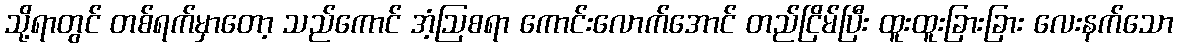
သို့ရာတွင် တစ်ရက်မှာတော့ သည်ကောင် အံ့ဩစရာ ကောင်းလောက်အောင် တည်ငြိမ်ပြီး ထူးထူးခြားခြား လေးနက်သော